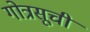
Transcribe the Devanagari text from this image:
गोत्रसूची